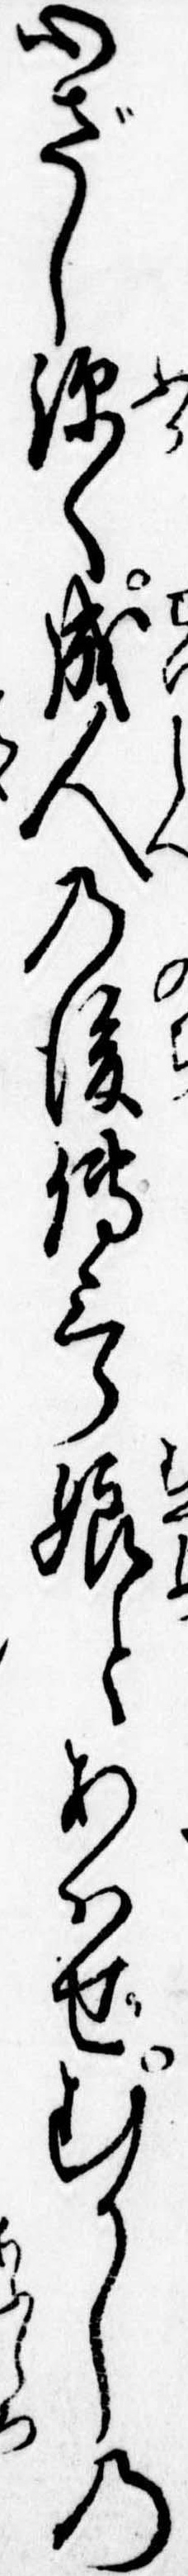
心ざし深く成人の後伝三郎娘とあはせむかしの